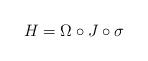
LaTeX: \begin{align*}H = \Omega\circ J \circ\sigma\end{align*}